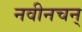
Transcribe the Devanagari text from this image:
नवीनचन्